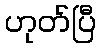
ဟုတ်ပြီ